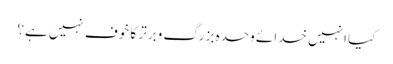
کیا انہیں خدائے وحدہ بزرگ وبرتر کا خوف نہیں ہے؟